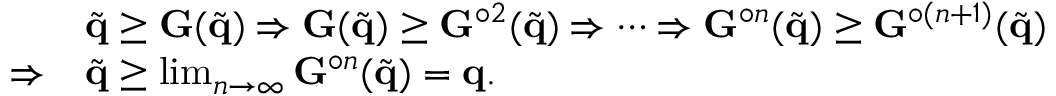
\begin{array} { r l } & { \tilde { \mathbf { q } } \geq \mathbf { G } ( \tilde { \mathbf { q } } ) \Rightarrow \mathbf { G } ( \tilde { \mathbf { q } } ) \geq \mathbf { G } ^ { \circ 2 } ( \tilde { \mathbf { q } } ) \Rightarrow \cdots \Rightarrow \mathbf { G } ^ { \circ n } ( \tilde { \mathbf { q } } ) \geq \mathbf { G } ^ { \circ ( n + 1 ) } ( \tilde { \mathbf { q } } ) } \\ { \Rightarrow } & { \tilde { \mathbf { q } } \geq \operatorname* { l i m } _ { n \to \infty } \mathbf { G } ^ { \circ n } ( \tilde { \mathbf { q } } ) = \mathbf { q } . } \end{array}